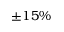
\pm 1 5 \%